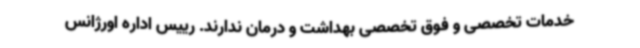
خدمات تخصصی و فوق تخصصی بهداشت و درمان ندارند. رییس اداره اورژانس